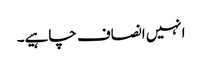
انہیں انصاف چاہیے۔